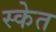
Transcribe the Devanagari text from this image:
स्केत